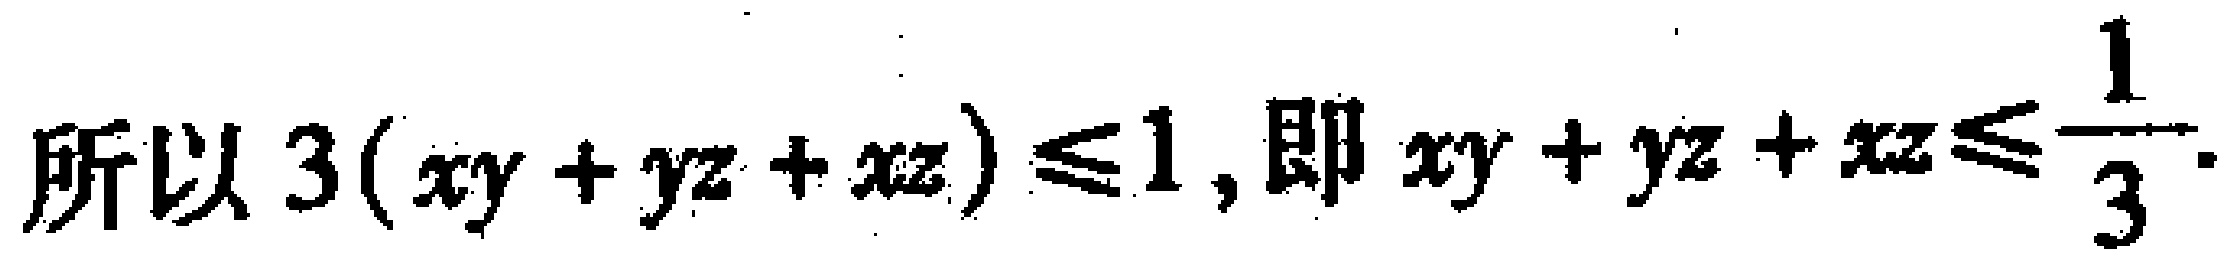
所以\(3(xy + yz + xz) \leq 1\), 即 \(xy + yz + xz\leq \dfrac{1}{3}\).